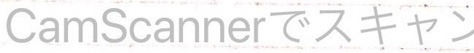
CamScannerでスキャン